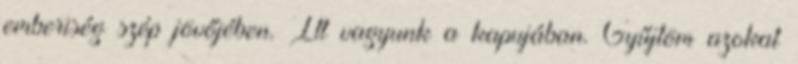
emberiség szép jövőjében. Itt vagyunk a kapujában. Gyűjtöm azokat